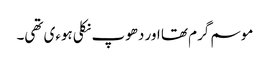
موسم گرم تھا اور دھوپ نکلی ہوءی تھی۔